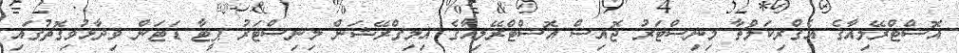
އޮސްޓްރޭލިއާގެ އެގްރިކަލްޗާ މިނިސްޓަރު ޖޮއިސް އޮސްޓްރޭލިއާގެ އިމިގްރޭޝަން މިނިސްޓަރު ޕީޓާ ޑަޓަން ވިދާޅުވިގޮތުގައި